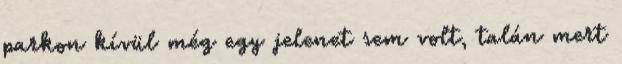
parkon kívül még egy jelenet sem volt, talán mert